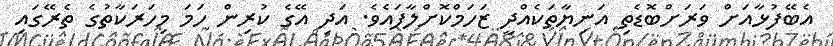
އެބޭފުޅާއަށް ވަރަށްބޮޑެތި އަނިޔާތަކެއްދީ ޒަހަމްކޮށްލާފައެވެ. އަދި އޭގެ ކުރިން ހަމަ މިހަރަކާތުގެ ތެރޭގައި